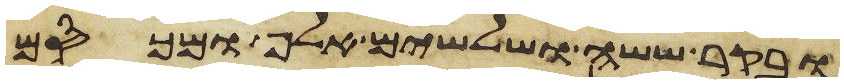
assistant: ובקר ששה ושלשים אלף ומכסם